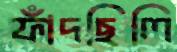
ফাঁদছিলি